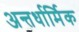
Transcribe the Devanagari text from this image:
अन्तर्धार्मिक